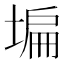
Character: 𡎚